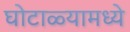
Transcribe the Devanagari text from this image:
घोटाळ्यामध्ये